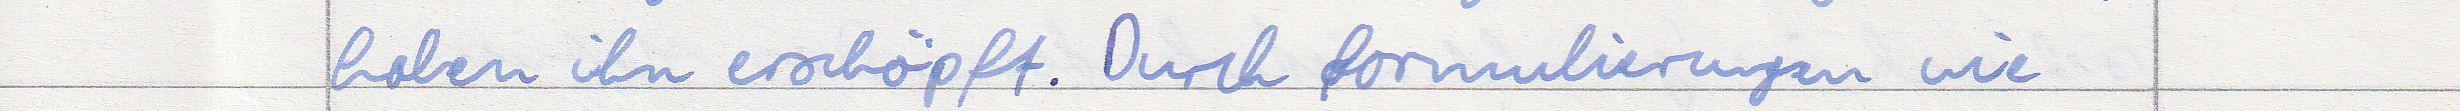
haben ihn erschöpft. Durch formulierungen wie